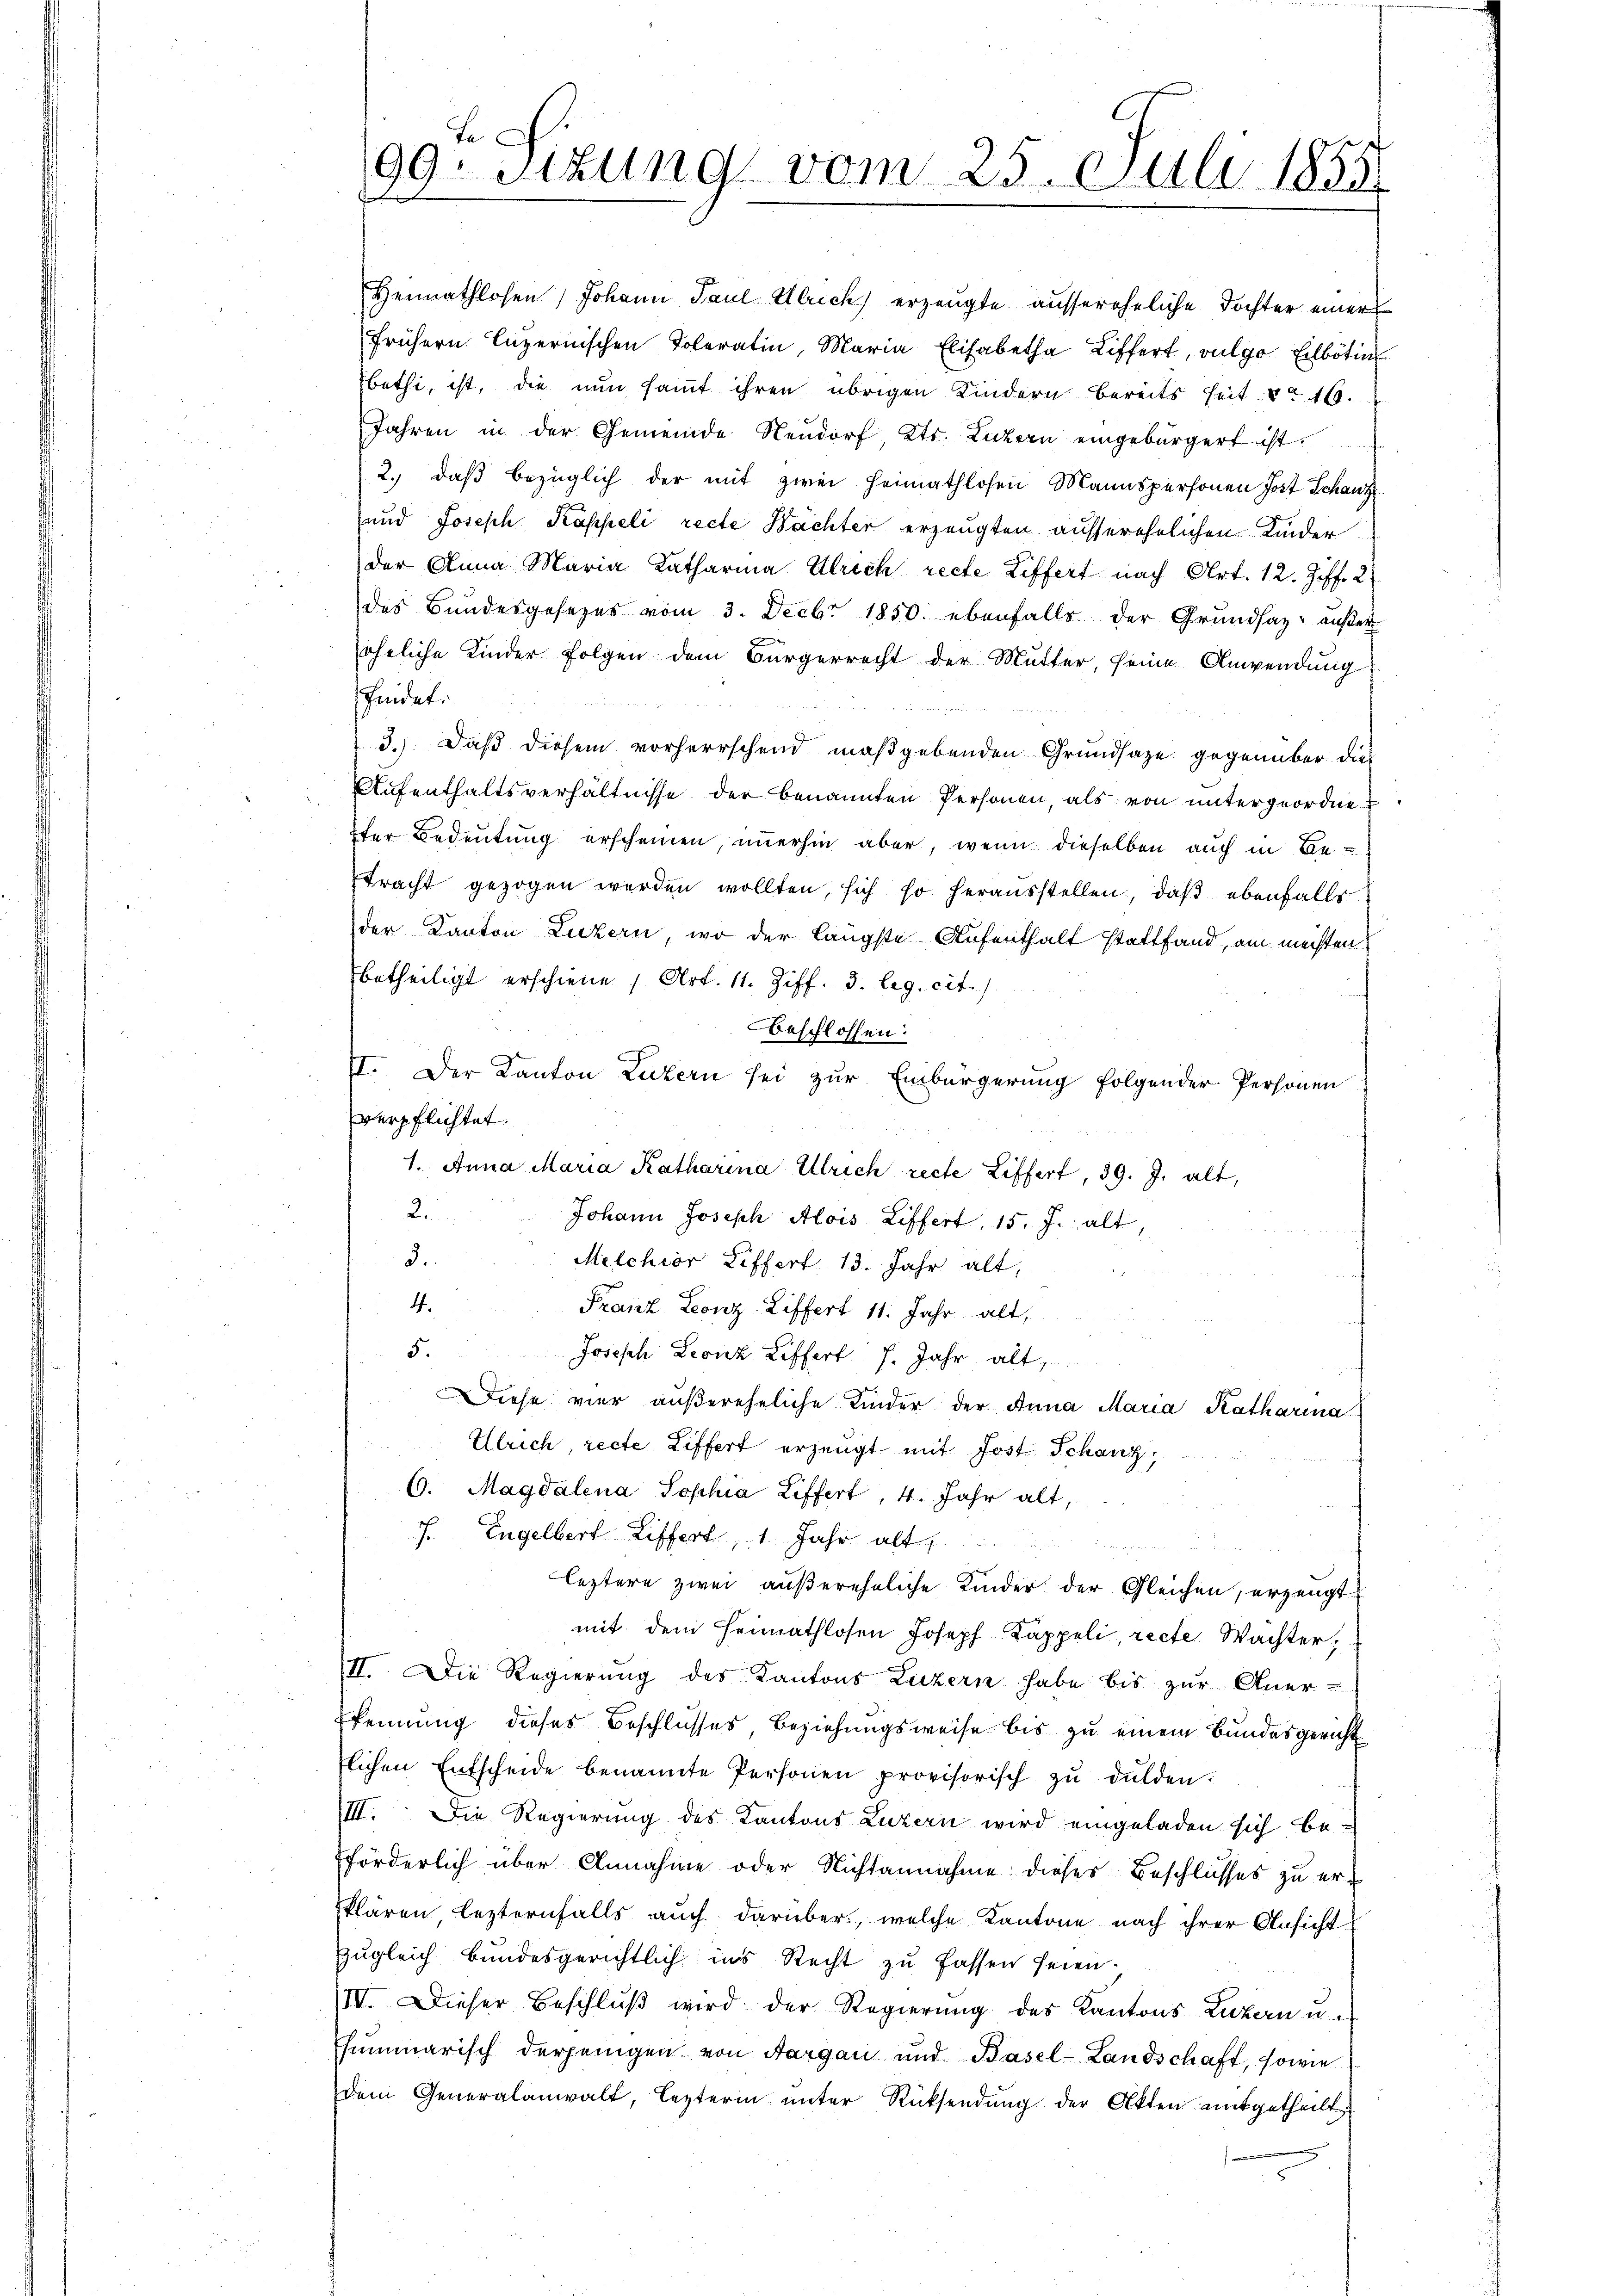
Be
99. Sitzung vom 25. Juli 1855

betheiligt erschiene, Art. 11. Ziff. 3. leg. cit.
beschlossen:
II. Der Kanton Luzern sei zŭr Einbürgerung folgender Personen
verpflichtet.
1. Anna Maria Katharina Ulrich recte Ziffert, 39. J. alt,
Le
Johann Joseph Alois Liffert, 15. J. alt,
2.
Melchior Ziffert 13. Jahr alt,
4.
Franz Leonz Ziffert 11. Jahr alt,
5.
Joseph Leonz Liffert. 7. Jahr alt
Diese vier außereheliche Kinder der Anna Maria Katharina
Ulrich, recte Ziffert erzeugt mit Jost Schanz,
6. Magdalena Sophia Liffert, 4. Jahr alt,
f. Engelbert Liffert, 1 Jahr alt
leztere zwei außereheliche Kinder der Gleichen, erzeugt
mit dem Heimathlosen Joseph Kappeli, recte Wachter,
II. Die Regierung des Kantons Luzern habe bis zur Aner-
kennung dieses Beschlusses Beziehungsweise bis zu einem Bundesgericht
lichen Entscheide benannte Personen provisorisch zŭ dulden.
III. Die Regierung des Kantons Luzern wird eingeladen sich be-
förderlich über Annahme oder Nichtannahme dieses Beschlusses zu erklären lezternfalls auch darüber, welche Kantone nach ihrer Ansicht
zugleich bundesgerichtlich ins Recht zu fassen seien.
IV. Dieser Beschlŭβ wird der Regierŭng des Kantons Luzern u.
hummarisch derjenigen von Aargau und Basel-Landschaft, sowie
dem Generalanwalt, lezterin ŭnter Rücksendung der Akten mitgetheilt

Heimathlosen / Johann Paul Ulrich erzeugte aussereheliche Tochter einer
frühern luzernischen Toleratin, Maria Elisabetha Liffert, vulgo Eilbötin
bethi, ist, die nun samt ihren übrigen Kindern bereits seit No 16.
Jahren in der Gemeinde Neudorf, Kts. Luzern eingebürgert ist.
2.) daß bezüglich der mit zwei Heimathlosen Mannspersonen Jost Schanz
und Joseph Kappeli recte Bachter erzeugten ausserehrlichen Kinder
der Anna Maria Katharina Ulrich recte Ziffert nach Art. 12. Ziff. 2
des Bundesgesezes vom 3. Decbr 1850. ebenfalls der Grundsaz außer
eheliche Kinder Folgen dem Bürgerrecht der Mutter, seine Anwendung
findet.
3.) Daß diesem vorherrschend maßgebenden Grundsaze gegenüber die
Aufenthaltsverhältnisse der benannten Personen, als von untergeordnet
fer Bedeutung erscheinen, immerhin aber, wenn dieselben auch in Be¬
Etracht gezogen werden wollten, sich so herausstellen, daß ebenfalls
der Kanton Luzern, wo der längste Aufenthalt stattfand, am meisten